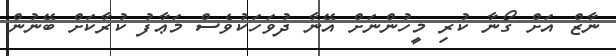
ނާޒް އަށް ގޯނާ ކުރި މީހުންނަށް އޭނާ ދުވަހަކުވެސް މަޢާފު ކުރާކަށް ބޭނުން